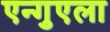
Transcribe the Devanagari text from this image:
एन्गुएला